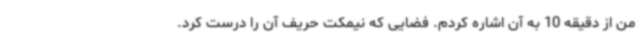
من از دقیقه 10 به آن اشاره کردم. فضایی که نیمکت حریف آن را درست کرد.